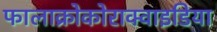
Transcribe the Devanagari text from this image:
फालाक्रोकोराक्वाइडिया